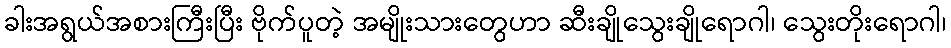
ခါးအရွယ်အစားကြီးပြီး ဗိုက်ပူတဲ့ အမျိုးသားတွေဟာ ဆီးချိုသွေးချိုရောဂါ၊ သွေးတိုးရောဂါ၊